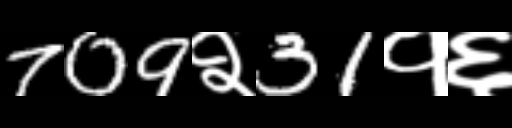
Text: 709२31१६